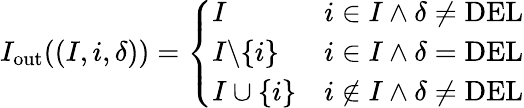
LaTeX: \begin{array}{r}{I_{\mathrm{out}}((I,i,\delta))=\left\{ \begin{array}{ll}{I}&{i\in I\wedge\delta\neq\mathrm{DEL}}\\ {I\backslash\{ i\} }&{i\in I\wedge\delta=\mathrm{DEL}}\\ {I\cup\{ i\} }&{i\notin I\wedge\delta\neq\mathrm{DEL}}\end{array}\right.}\end{array}